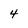
Character: 4